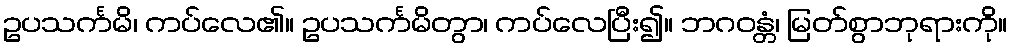
ဥပသင်္ကမိ၊ ကပ်လေ၏။ ဥပသင်္ကမိတွာ၊ ကပ်လေပြီး၍။ ဘဂဝန္တံ၊ မြတ်စွာဘုရားကို။